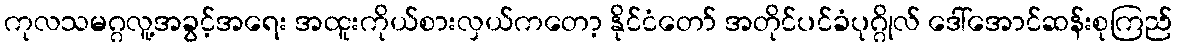
ကုလသမဂ္ဂလူ့အခွင့်အရေး အထူးကိုယ်စားလှယ်ကတော့ နိုင်ငံတော် အတိုင်ပင်ခံပုဂ္ဂိုလ် ဒေါ်အောင်ဆန်းစုကြည်